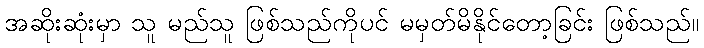
အဆိုးဆုံးမှာ သူ မည်သူ ဖြစ်သည်ကိုပင် မမှတ်မိနိုင်တော့ခြင်း ဖြစ်သည်။